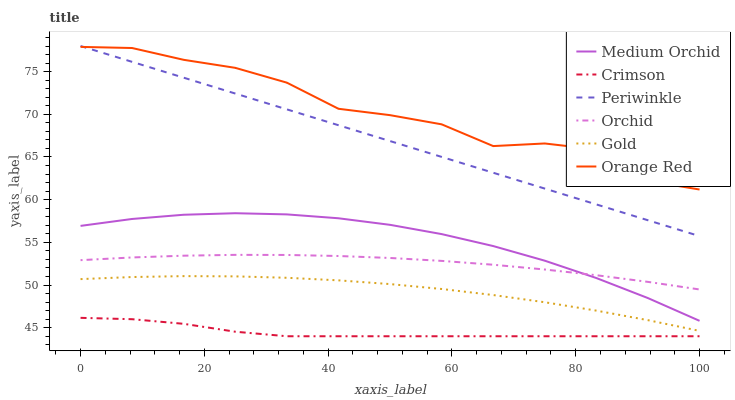
| xaxis_label | Medium Orchid | Crimson | Periwinkle | Orchid | Gold | Orange Red |
 | --- | --- | --- | --- | --- | --- | --- |
 | 0 | 56.9 | 46.2 | 78 | 52.9 | 50.7 | 77.9 |
 | 8.33 | 57.7 | 46 | 76.1 | 53.2 | 50.9 | 77.8 |
 | 16.7 | 58.2 | 45.5 | 74.3 | 53.4 | 51 | 76.4 |
 | 25 | 58.4 | 44.5 | 72.4 | 53.5 | 51 | 75.4 |
 | 33.3 | 58.3 | 44 | 70.6 | 53.5 | 50.8 | 73.7 |
 | 41.7 | 57.8 | 44 | 68.7 | 53.4 | 50.5 | 70.6 |
 | 50 | 57.1 | 44 | 66.9 | 53.2 | 50.1 | 69.9 |
 | 58.3 | 56 | 44 | 65 | 52.8 | 49.5 | 68.8 |
 | 66.7 | 54.6 | 44 | 63.2 | 52.4 | 48.8 | 66.3 |
 | 75 | 52.9 | 44 | 61.3 | 51.8 | 48 | 66.6 |
 | 83.3 | 50.8 | 44 | 59.4 | 51.1 | 47 | 65.9 |
 | 91.7 | 48.5 | 44 | 57.6 | 50.4 | 45.9 | 62.2 |
 | 100 | 45.8 | 44 | 55.7 | 49.5 | 44.6 | 61.2 |